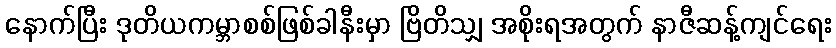
နောက်ပြီး ဒုတိယကမ္ဘာစစ်ဖြစ်ခါနီးမှာ ဗြိတိသျှ အစိုးရအတွက် နာဇီဆန့်ကျင်ရေး